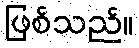
ဖြစ်သည်။